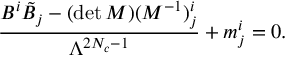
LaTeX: \frac { B ^ { i } \tilde { B } _ { { j } } - ( \operatorname * { d e t } M ) ( M ^ { - 1 } ) _ { { j } } ^ { i } } { \Lambda ^ { 2 N _ { c } - 1 } } + m _ { j } ^ { i } = 0 .